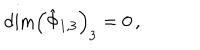
LaTeX: \textrm { d i m } \left( \hat { \Phi } _ { 1 , 3 } \right) _ { 3 } = 0 \, ,